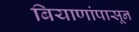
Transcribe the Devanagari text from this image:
बियाणांपासून